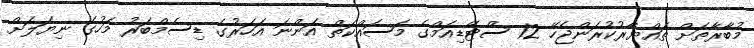
މުބާރާތަށް ތައްޔާރުކުރަންޖެހޭ 12 ސްޓޭޑިއަމްގެ މަސައްކަތް އަންނަ އަހަރުގެ ޑިސެމްބަރު މަހުގެ ނިޔަލަށް